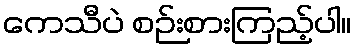
ကေသီပဲ စဉ်းစားကြည့်ပါ။